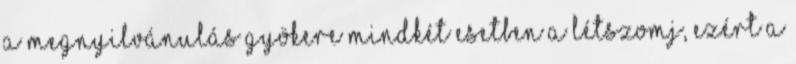
A megnyilvánulás gyökere mindkét esetben a létszomj, ezért a